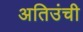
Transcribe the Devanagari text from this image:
अतिउंची